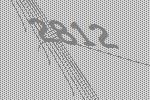
2812